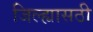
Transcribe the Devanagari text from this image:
जिल्ह्यासठी